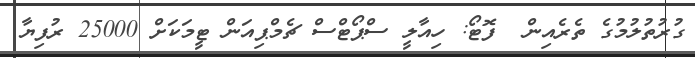
ގުރުތުލުމުގެ ތެރެއިން  ފޮޓޯ: ހިއާލީ ސްޕޯޓްސް ޗެމްޕިއަން ޓީމަކަށް 25000 ރުފިޔާ